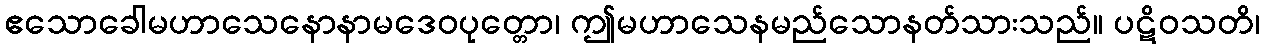
ဧသောခေါမဟာသေနောနာမဒေဝပုတ္တော၊ ဤမဟာသေနမည်သောနတ်သားသည်။ ပဋိဝသတိ၊